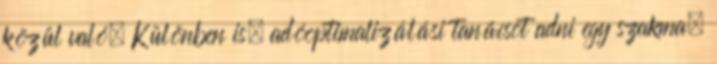
közül való. Különben is, adóoptimalizálási tanácsot adni egy szakma.